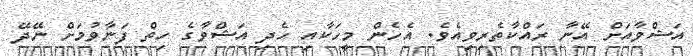
އަޝްވާއަށް އޭނާ ރައްކާތެރިވިއެވެ. އެހެން މީހަކާއި ހެދި އަޝްވާގެ ހިތް ފަނާވުމަށް ނޭދޭ